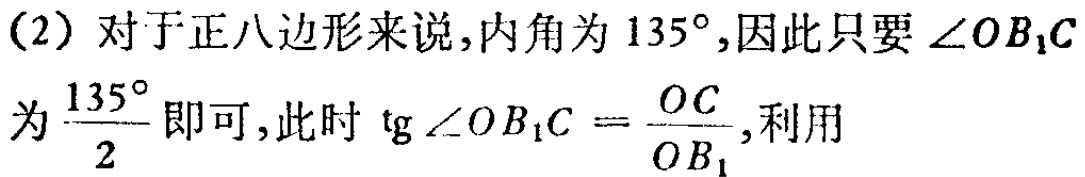
(2) 对于正八边形来说,内角为 \(135^{\circ}\),因此只要 \(\angle OB_{1}C\) 为 \(\frac{135^{\circ}}{2}\) 即可,此时 \(\text{tg}\angle OB_{1}C = \frac{OC}{OB_{1}}\),利用